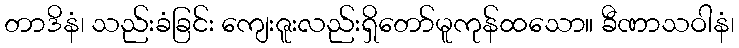
တာဒိနံ၊ သည်းခံခြင်း ကျေးဇူးလည်းရှိတော်မူကုန်ထသော။ ခီဏာသဝါနံ၊